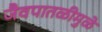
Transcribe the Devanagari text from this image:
जैवपातळीमुळे